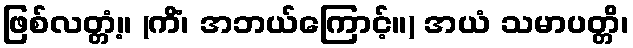
ဖြစ်လတ္တံ့။ (ကိံ၊ အဘယ်ကြောင့်။) အယံ သမာပတ္တိ၊